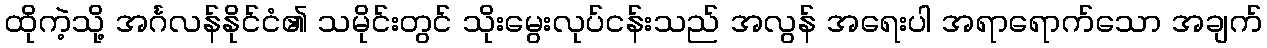
ထိုကဲ့သို့ အင်္ဂလန်နိုင်ငံ၏ သမိုင်းတွင် သိုးမွေးလုပ်ငန်းသည် အလွန် အရေးပါ အရာရောက်သော အချက်